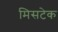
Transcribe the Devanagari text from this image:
मिसटेक